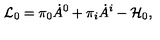
{ \cal L } _ { 0 } = \pi _ { 0 } \dot { A } ^ { 0 } + \pi _ { i } \dot { A } ^ { i } - { \cal H } _ { 0 } ,